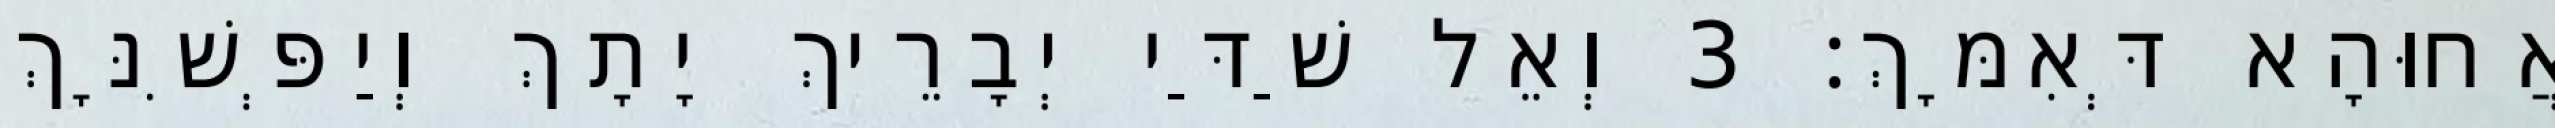
אֲחוּהָא דְּאִמָּךְ׃ 3 וְאֵל שַׁדַּי יְבָרֵיךְ יָתָךְ וְיַפְּשִׁנָּךְ